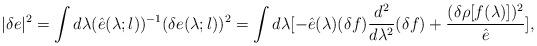
LaTeX: \begin{align*}|\delta e|^2 = \int d \lambda ({\hat e} (\lambda; l ))^{-1} (\delta e(\lambda;l))^2 = \int d \lambda [ - {\hat e}(\lambda) (\delta f) {{d^2}\over{d \lambda^2}} (\delta f) + {{(\delta \rho [f(\lambda)])^2}\over{{\hat e}}} ] , \end{align*}